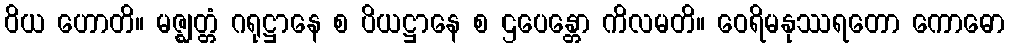
ဝိယ ဟောတိ။ မဇ္ဈတ္တံ ဂရုဋ္ဌာနေ စ ပိယဋ္ဌာနေ စ ဌပေန္တော ကိလမတိ။ ဝေရိမနုဿရတော ကောဓော